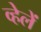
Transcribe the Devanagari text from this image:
व्हेलें